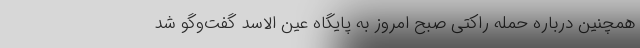
همچنین درباره حمله راکتی صبح امروز به پایگاه عین الاسد گفت‌وگو شد